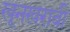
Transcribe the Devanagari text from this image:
खूनखराबी